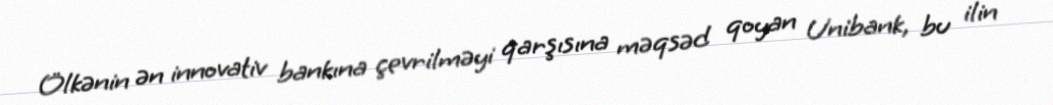
Ölkənin ən innovativ bankına çevrilməyi qarşısına məqsəd qoyan Unibank, bu ilin